Indian journal of veterinary science and animal husbandry - Volumes 24-25, 1954-1955
Year: 1954
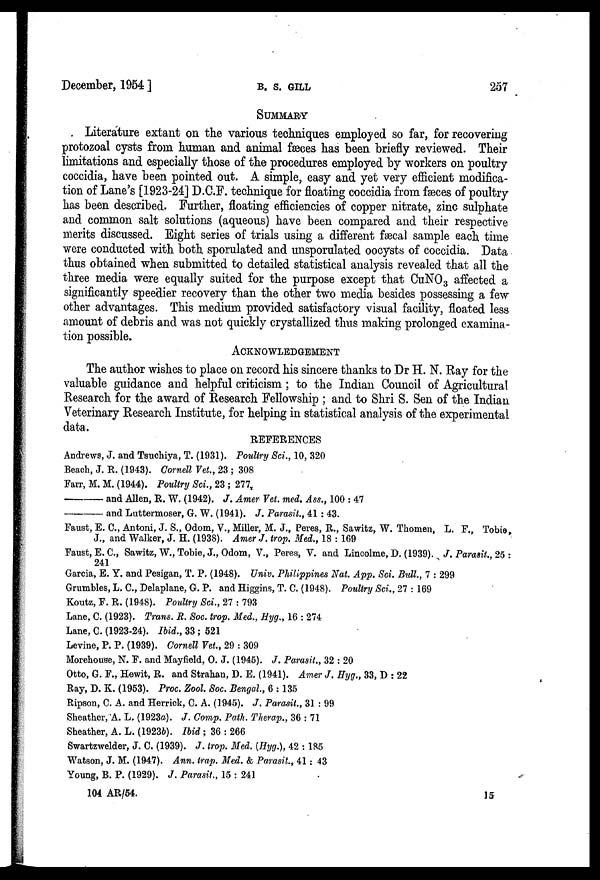
December, 1954 ]
B.
S.
GILL
257
SUMMARY
Literature extant on the various techniques employed so far, for recovering
protozoal cysts from human and animal fæces has been briefly reviewed. Their
limitations and especially those of the procedures employed by workers on poultry
coccidia, have been pointed out. A simple, easy and yet very efficient modifica-
tion of Lane's [1923-24] D.C.F. technique for floating coccidia from fæces of poultry
has been described. Further, floating efficiencies of copper nitrate, zinc sulphate
and common salt solutions (aqueous) have been compared and their respective
merits discussed. Eight series of trials using a different fæcal sample each time
were conducted with both sporulated and unsporulated oocysts of coccidia. Data
thus obtained when submitted to detailed statistical analysis revealed that all the
three media were equally suited for the purpose except that CuNO 3 affected a
significantly speedier recovery than the other two media besides possessing a few
other advantages. This medium provided satisfactory visual facility, floated less
amount of debris and was not quickly crystallized thus making prolonged examina-
tion possible.
ACKNOWLEDGEMENT
The author wishes to place on record his sincere thanks to Dr H. N. Ray for the
valuable guidance and helpful criticism ; to the Indian Council of Agricultural
Research for the award of Research Fellowship ; and to Shri S. Sen of the Indian
Veterinary Research Institute, for helping in statistical analysis of the experimental
data.
REFERENCES
Andrews, J. and Tsuchiya, T. (1931). Poultry Sci., 10, 320
Beach, J. R. (1943). Cornell Vet., 23 ; 308
Farr, M. M. (1944). Poultry Sci., 23 ; 277
—
and Allen, R. W. (1942). J. Amer Vet. med. Ass., 100 : 47
—
and Luttermoser, G. W. (1941). J. Parasit., 41 : 43.
Faust, E. C., Antoni, J. S., Odom, V., Miller, M. J., Peres, R., Sawitz, W. Thomen, L. F., Tobie,
J., and Walker, J. H. (1938). Amer J. trop. Med., 18 : 169
Faust, E.C., Sawitz, W., Tobie, J., Odom, V., Peres, V. and Lincolme, D. (1939). J. Parasit., 25 :
241
Garcia, E. Y. and Pesigan, T. P. (1948). Univ. Philippines Nat. App. Sci. Bull., 7 : 299
Grumbles, L. C., Delaplane, G. P. and Higgins, T. C. (1948). Poultry Sci., 27 : 169
Koutz, F. R. (1948). Poultry Sci., 27 : 793
Lane, C. (1923). Trans. R. Soc. trop. Med., Hyg., 16 : 274
Lane, C. (1923-24). Ibid., 33 ; 521
Levine, P. P. (1939). Cornell Vet., 29 : 309
Morehouse, N. F. and Mayfield, O. J. (1945). J. Parasit., 32 : 20
Otto, G. F., Hewit, R. and Strahan, D. E. (1941). Amer J. Hyg., 33, D : 22
Ray, D. K. (1953). Proc. Zool. Soc. Bengal., 6 : 135
Ripson, C. A. and Herrick, C. A. (1945). J. Parasit., 31 : 99
Sheather, A. L. (1923a). J. Comp. Path. Therap., 36 : 71
Sheather, A. L. (1923b). Ibid ; 36 : 266
Swartzwelder, J. C. (1939). J. trop. Med. (Hyg.), 42 : 185
Watson, J. M. (1947). Ann. trap. Med. & Parasit., 41 : 43
Young, B. P. (1929). J. Parasit., 15 : 241
104 AR/54.
15